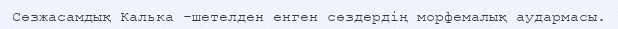
Сөзжасамдық Калька -шетелден енген сөздердің морфемалық аудармасы.